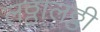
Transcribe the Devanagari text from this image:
लठ्ठालठ्ठी